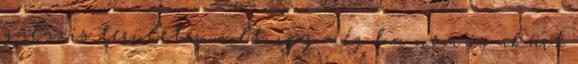
galaxis területén volt, így még ha nem is akart